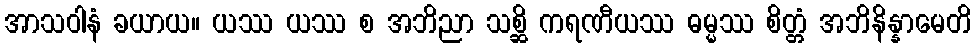
အာသဝါနံ ခယာယ။ ယဿ ယဿ စ အဘိညာ သစ္ဆိ ကရဏီယဿ ဓမ္မဿ စိတ္တံ အဘိနိန္နာမေတိ